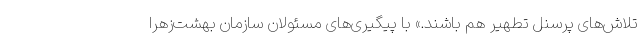
تلاش‌های پرسنل تطهیر هم باشند.» با پیگیری‌های مسئولان سازمان بهشت‌زهرا